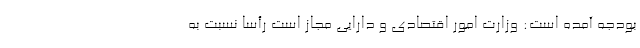
بودجه آمده است: وزارت امور اقتصادی و دارایی مجاز است رأساً نسبت به